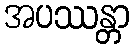
အပဿန္တာ